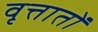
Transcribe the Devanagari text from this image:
वृत्तातों